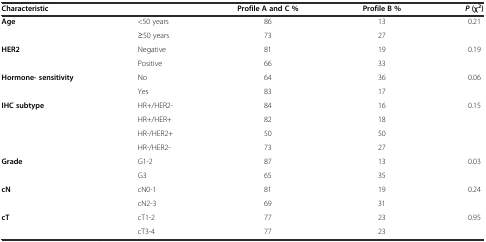
| Characteristic |  | Profile A and C % | Profile B % | P (χ 2) |
 | --- | --- | --- | --- | --- |
 | <ROWSPAN=2> Age | <50 years | 86 | 13 | 0.21 |
 | ≥50 years | 73 | 27 |  |
 | <ROWSPAN=2> HER2 | Negative | 81 | 19 | 0.19 |
 | Positive | 66 | 33 |  |
 | <ROWSPAN=2> Hormone- sensitivity | No | 64 | 36 | 0.06 |
 | Yes | 83 | 17 |  |
 | <ROWSPAN=4> IHC subtype | HR+/HER2- | 84 | 16 | 0.15 |
 | HR+/HER+ | 82 | 18 |  |
 | HR-/HER2+ | 50 | 50 |  |
 | HR-/HER2- | 73 | 27 |  |
 | <ROWSPAN=2> Grade | G1-2 | 87 | 13 | 0.03 |
 | G3 | 65 | 35 |  |
 | <ROWSPAN=2> cN | cN0-1 | 81 | 19 | 0.24 |
 | cN2-3 | 69 | 31 |  |
 | <ROWSPAN=2> cT | cT1-2 | 77 | 23 | 0.95 |
 | cT3-4 | 77 | 23 |  |